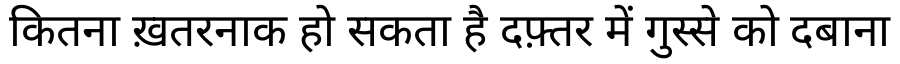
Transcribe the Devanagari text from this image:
कितना ख़तरनाक हो सकता है दफ़्तर में गुस्से को दबाना